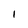
Character: I